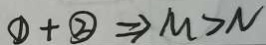
\textcircled { 1 } + \textcircled { 2 } \Rightarrow M > N